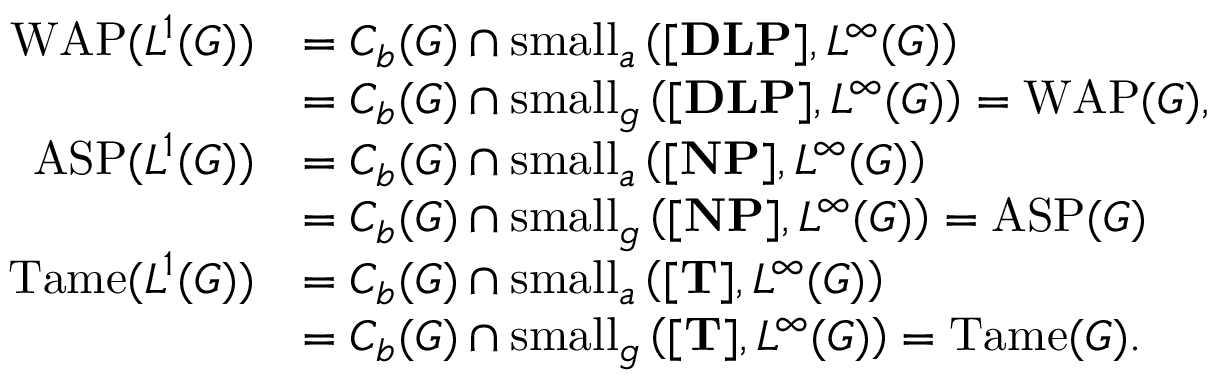
\begin{array} { r l } { \operatorname { W A P } ( L ^ { 1 } ( G ) ) } & { = C _ { b } ( G ) \cap \mathrm { s m a l l } _ { a } \left( { \mathrm { \mathbf { [ D L P ] } } } , { L ^ { \infty } ( G ) } \right) } \\ & { = C _ { b } ( G ) \cap \mathrm { s m a l l } _ { g } \left( { \mathrm { \mathbf { [ D L P ] } } } , { L ^ { \infty } ( G ) } \right) = \operatorname { W A P } ( G ) , } \\ { \operatorname { A S P } ( L ^ { 1 } ( G ) ) } & { = C _ { b } ( G ) \cap \mathrm { s m a l l } _ { a } \left( { \mathrm { \mathbf { [ N P ] } } } , { L ^ { \infty } ( G ) } \right) } \\ & { = C _ { b } ( G ) \cap \mathrm { s m a l l } _ { g } \left( { \mathrm { \mathbf { [ N P ] } } } , { L ^ { \infty } ( G ) } \right) = \operatorname { A S P } ( G ) } \\ { \operatorname { T a m e } ( L ^ { 1 } ( G ) ) } & { = C _ { b } ( G ) \cap \mathrm { s m a l l } _ { a } \left( { \mathrm { \mathbf { [ T ] } } } , { L ^ { \infty } ( G ) } \right) } \\ & { = C _ { b } ( G ) \cap \mathrm { s m a l l } _ { g } \left( { \mathrm { \mathbf { [ T ] } } } , { L ^ { \infty } ( G ) } \right) = \operatorname { T a m e } ( G ) . } \end{array}